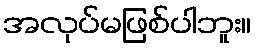
အလုပ်မဖြစ်ပါဘူး။